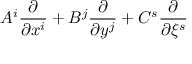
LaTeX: A ^ { i } \frac { \partial } { \partial x ^ { i } } + B ^ { j } \frac { \partial } { \partial y ^ { j } } + C ^ { s } \frac { \partial } { \partial \xi ^ { s } }